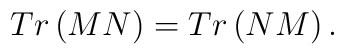
Tr \left(  M N  \right)=Tr \left(  N M   \right).